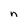
Character: n